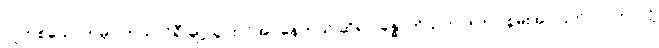
လူတစ်ယောက်မှာ ကယ်လိုရီ ချို့ယွင်းလိုအပ်နေတယ် ဆိုရင် ခန္ဓာကိုယ်က ဒါဟာ စွမ်းအင်ပြတ်လပ်တာလို့